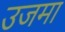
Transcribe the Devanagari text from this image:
उजमा